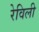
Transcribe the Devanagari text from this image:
रेविली